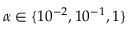
\alpha \in \{ 1 0 ^ { - 2 } , 1 0 ^ { - 1 } , 1 \}